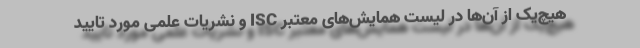
هیچ‌یک از آن‌ها در لیست همایش‌های معتبر ISC و نشریات علمی مورد تایید